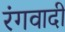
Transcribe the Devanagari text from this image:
रंगवादी